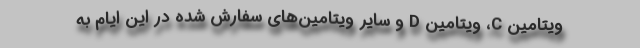
ویتامین C، ویتامین D و سایر ویتامین‌های سفارش شده در این ایام به